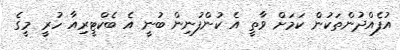
އުފެއްދުންތަކުން ކަމަށް ވާތީ އެ ކުންފުނިން ބުނީ އެ ބެކްޓީރިއާ ހުރީ މީގެ